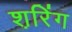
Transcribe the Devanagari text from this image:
श़रिंग